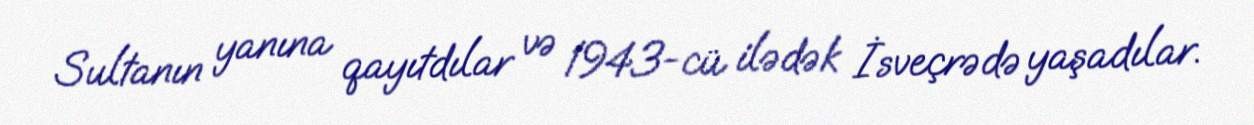
Sultanın yanına qayıtdılar və 1943-cü ilədək İsveçrədə yaşadılar.